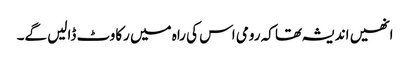
انھیں اندیشہ تھا کہ رومی اس کی راہ میں رکاوٹ ڈالیں گے۔